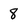
Character: 8